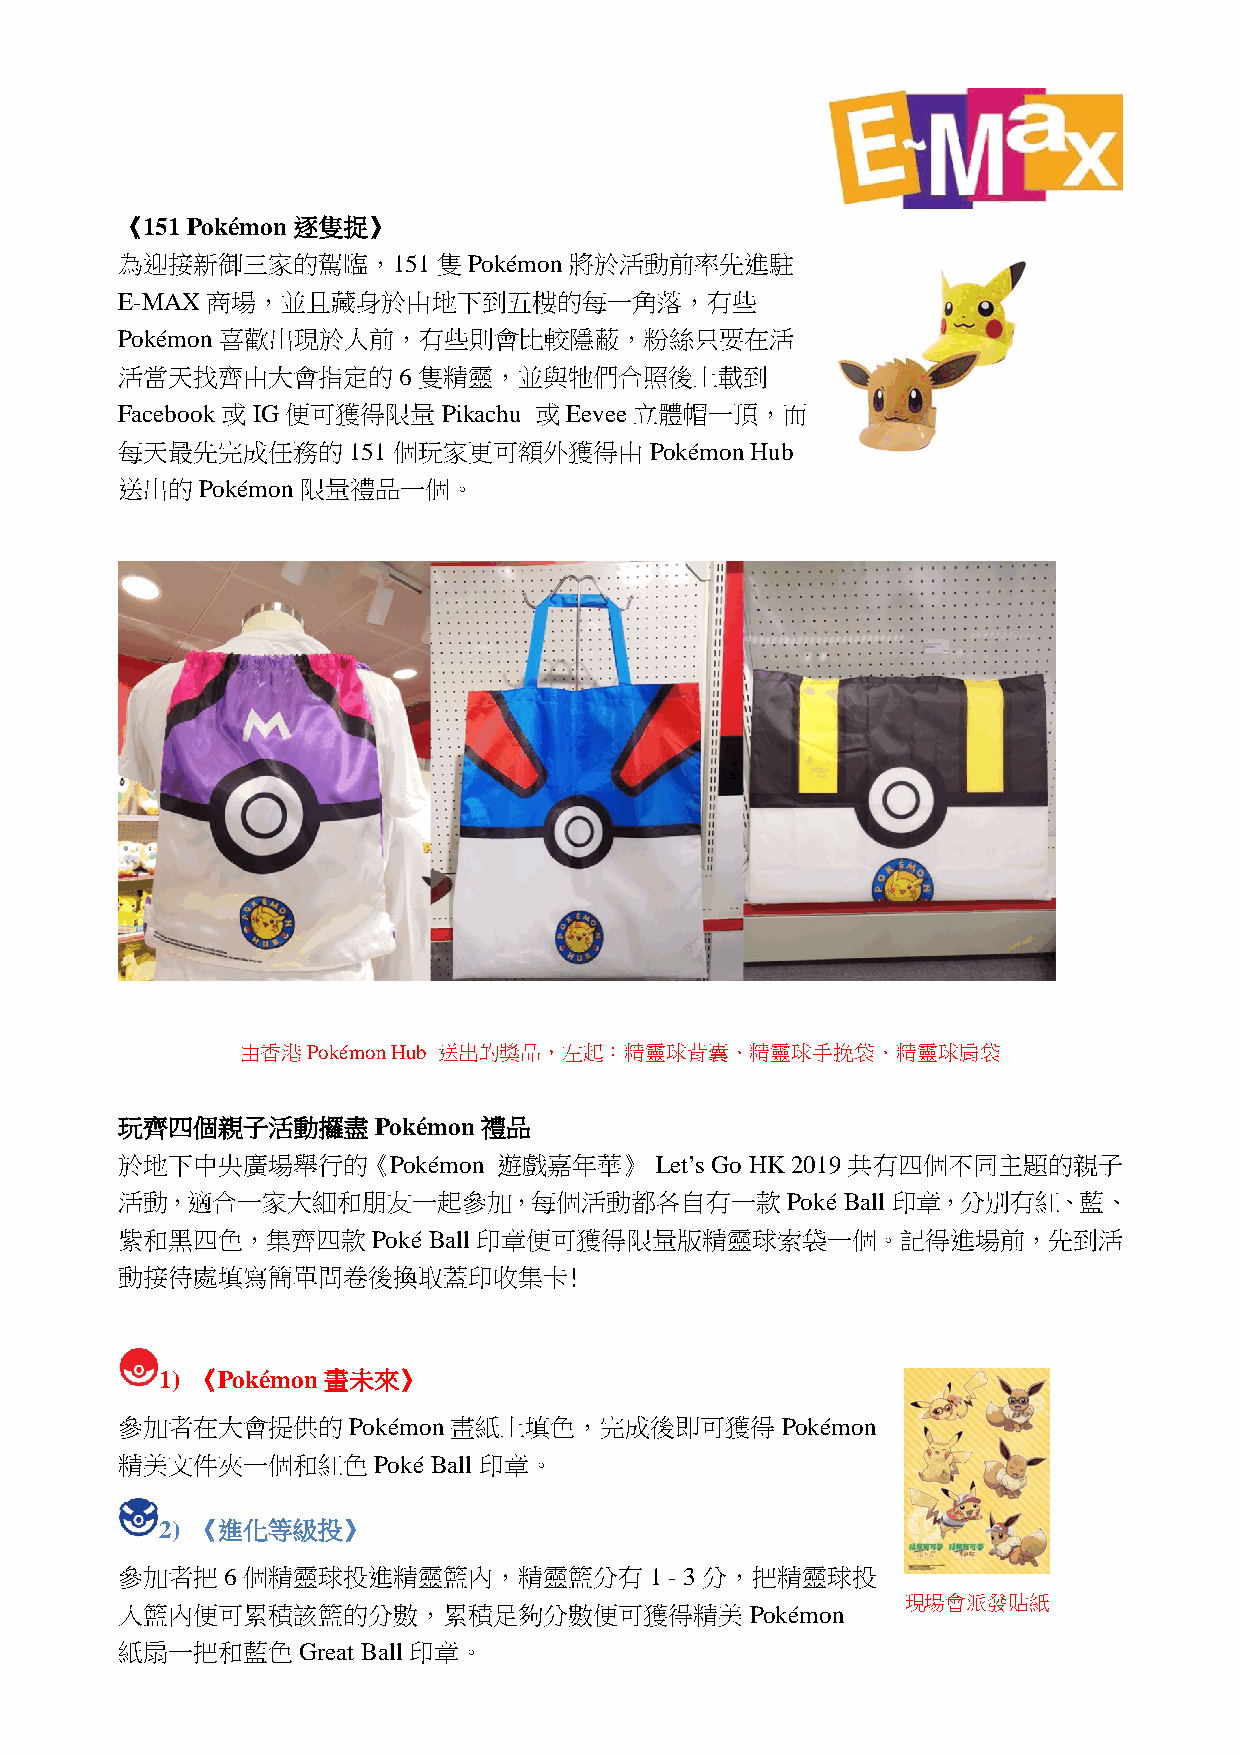
《151 Pokémon 逐隻捉》
 為迎接新御三家的駕臨，151隻Pokémon將於活動前率先進駐
 E-MAX商場，並且藏身於由地下到五樓的每一角落，有些
 Pokémon喜歡出現於人前，有些則會比較隱蔽，粉絲只要在活
 活當天找齊由大會指定的6隻精靈，並與牠們合照後上載到
 Facebook或 IG便可獲得限量Pikachu  或Eevee立體帽一頂，而
 每天最先完成任務的151個玩家更可額外獲得由Pokémon             Hub
 送出的Pokémon限量禮品一個。
 由香港Pokémon Hub 送出的獎品，左起：精靈球背囊、精靈球手挽袋、精靈球肩袋
 玩齊四個親子活動攞盡       Pokémon 禮品
 於地下中央廣場舉行的《Pokémon       遊戲嘉年華》    Let’s Go HK 2019共有四個不同主題的親子
 活動，適合一家大細和朋友一起參加，每個活動都各自有一款Poké                 Ball 印章，分別有紅、藍、
 紫和黑四色，集齊四款Poké      Ball 印章便可獲得限量版精靈球索袋一個。記得進場前，先到活
 動接待處填寫簡單問卷後換取蓋印收集卡﹗
 1) 《Pokémon 畫未來》
 參加者在大會提供的Pokémon畫紙上填色，完成後即可獲得Pokémon
 精美文件夾一個和紅色Poké       Ball 印章。
 2) 《進化等級投》
 參加者把6個精靈球投進精靈籃內，精靈籃分有1              - 3分，把精靈球投
 現場會派發貼紙
 入籃內便可累積該籃的分數，累積足夠分數便可獲得精美Pokémon
 紙扇一把和藍色Great    Ball 印章。